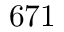
6 7 1